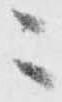
々